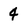
Character: 4